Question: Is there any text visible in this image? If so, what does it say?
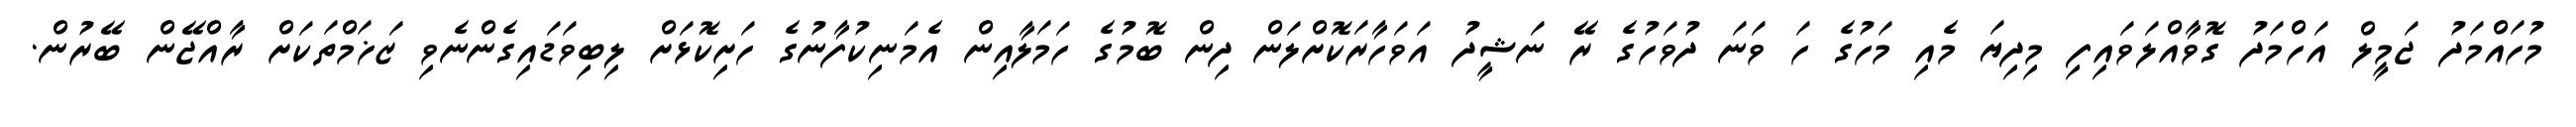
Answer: މުހައްމަދު ޖަމީލް އަހްމަދު ގޮވާއްލަވައިފި މިދިޔަ މެއި މަހުގެ ހަ ވަނަ ދުވަހުގެ ރޭ ނަޝީދު އަވަހާރަކޮށްލަން ދިން ބޮމުގެ ހަމަލާއިން އެމަނިކުފާނުގެ ހަށިކޮޅަށް ލިބިވަޑައިގެންނެވި ޒަޚަމްތަކަށް ރާއްޖޭން ބޭރުން.